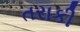
તરાકી